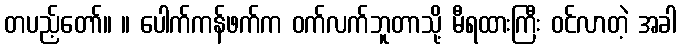
တပည့်တော်။ ။ ပေါက်ကန်ဖက်က ဝက်လက်ဘူတာသို့ မီရထားကြီး ဝင်လာတဲ့ အခါ